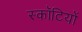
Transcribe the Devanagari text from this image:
स्कॉटियों